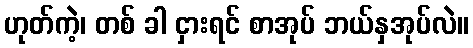
ဟုတ်ကဲ့၊ တစ် ခါ ငှားရင် စာအုပ် ဘယ်နှအုပ်လဲ။